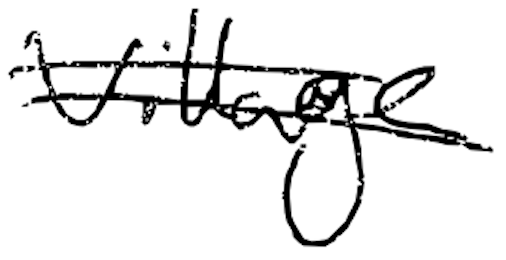
Text: village
Cross-out: double-line
Writing tool: digital_black